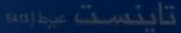
تایینست‌هیبری